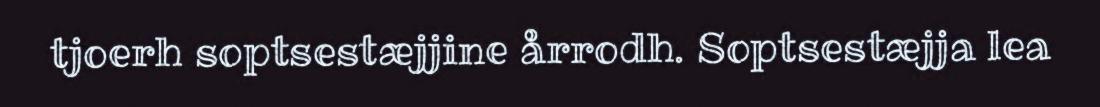
tjoerh soptsestæjjine årrodh. Soptsestæjja lea